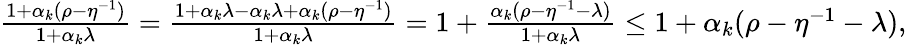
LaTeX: \begin{array}{r}{\frac{1+\alpha_{k}(\rho-\eta^{-1})}{1+\alpha_{k}\lambda}=\frac{1+\alpha_{k}\lambda-\alpha_{k}\lambda+\alpha_{k}(\rho-\eta^{-1})}{1+\alpha_{k}\lambda}=1+\frac{\alpha_{k}(\rho-\eta^{-1}-\lambda)}{1+\alpha_{k}\lambda}\leq 1+\alpha_{k}(\rho-\eta^{-1}-\lambda),}\end{array}